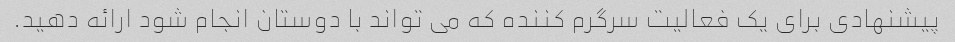
پیشنهادی برای یک فعالیت سرگرم کننده که می تواند با دوستان انجام شود ارائه دهید.